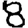
Digit: 8